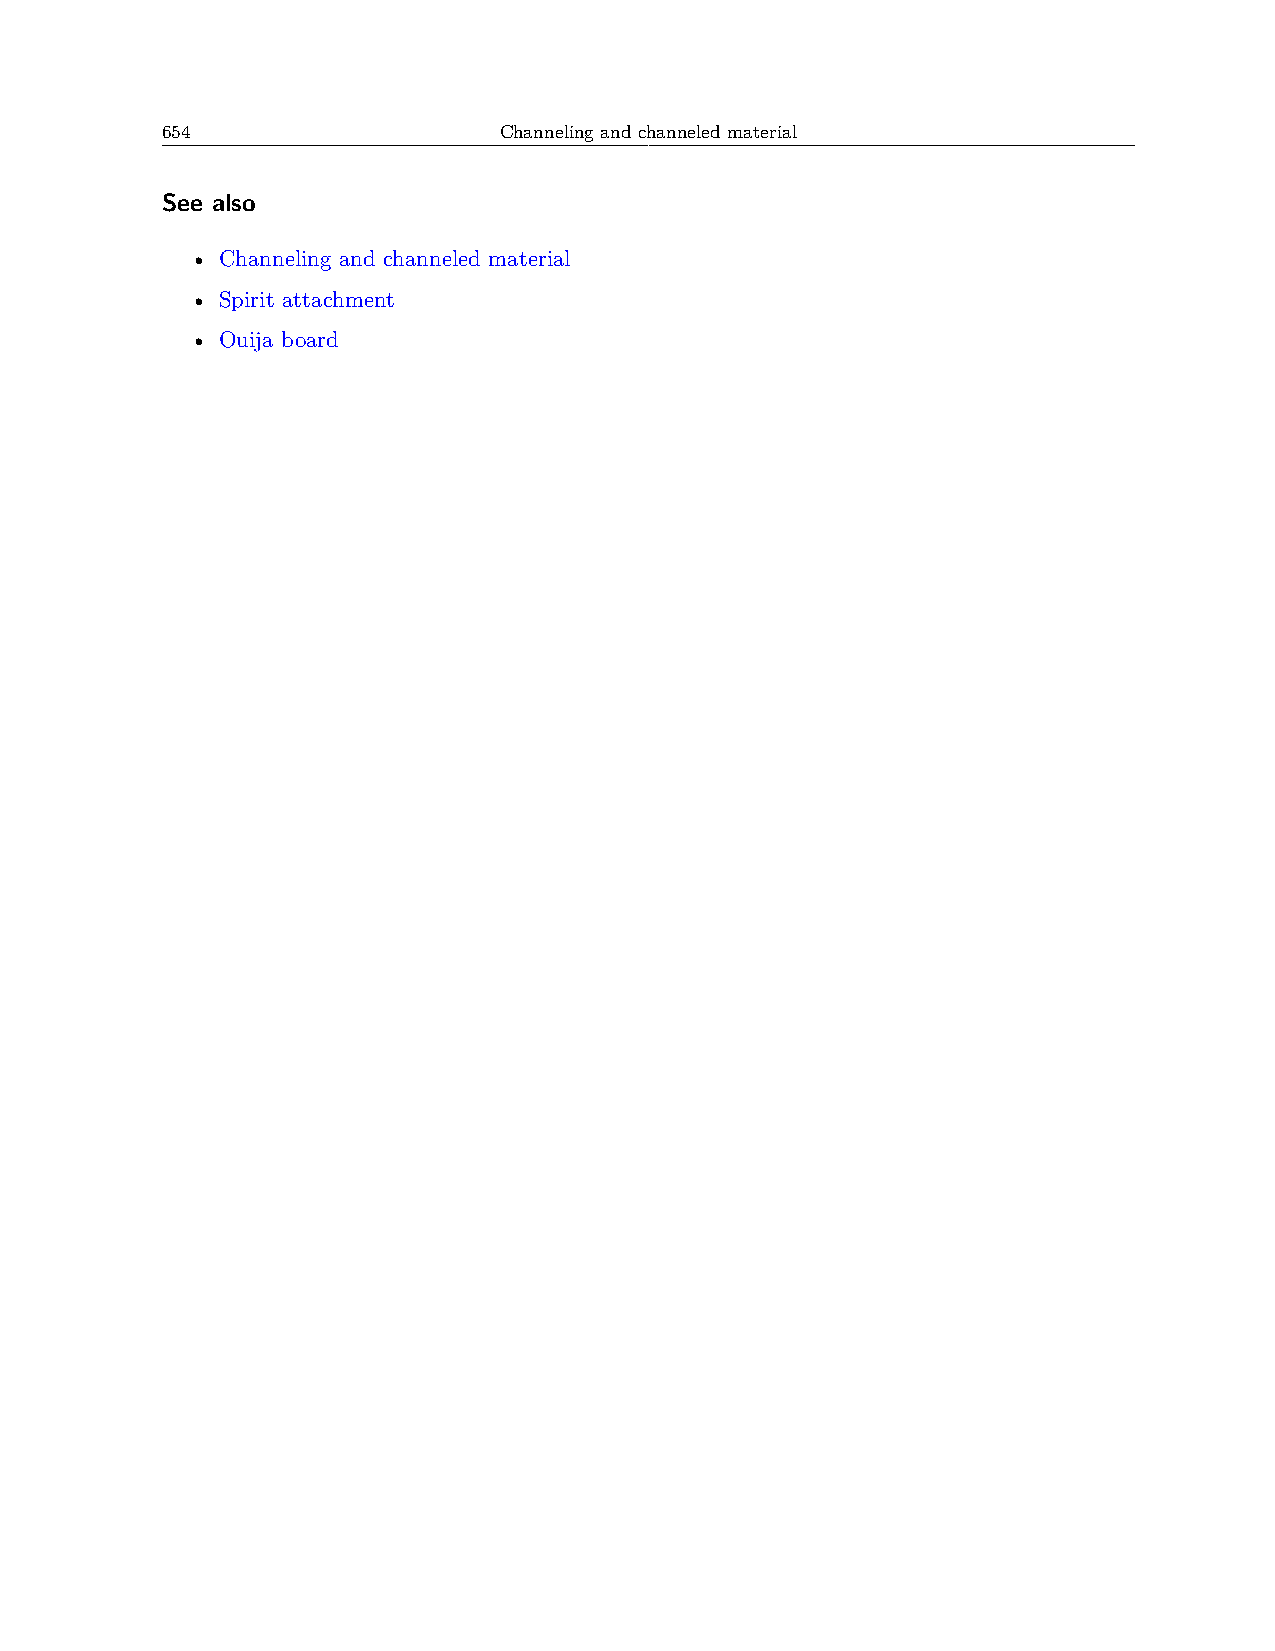
654                   Channeling and channeled material
 See also
 • Channeling and channeled material
 • Spirit attachment
 • Ouija board